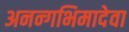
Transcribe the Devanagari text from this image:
अनन्गभिमादेवा